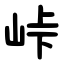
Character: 峠